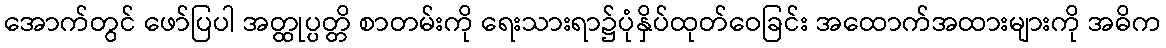
အောက်တွင် ဖော်ပြပါ အတ္ထုပ္ပတ္တိ စာတမ်းကို ရေးသားရာ၌ပုံနှိပ်ထုတ်ဝေခြင်း အထောက်အထားများကို အဓိက